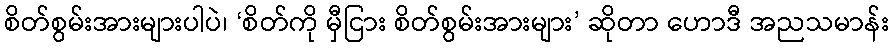
စိတ်စွမ်းအားများပါပဲ၊ ‘စိတ်ကို မှီငြား စိတ်စွမ်းအားများ’ ဆိုတာ ဟောဒီ အညသမာန်း